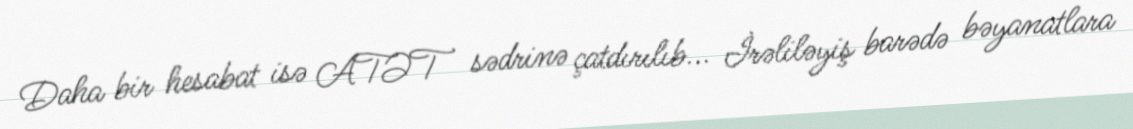
Daha bir hesabat isə ATƏT sədrinə çatdırılıb... İrəliləyiş barədə bəyanatlara